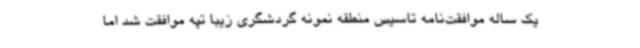
یک ساله موافقت‌نامه تاسیس منطقه نمونه گردشگری زیبا تپه موافقت شد اما